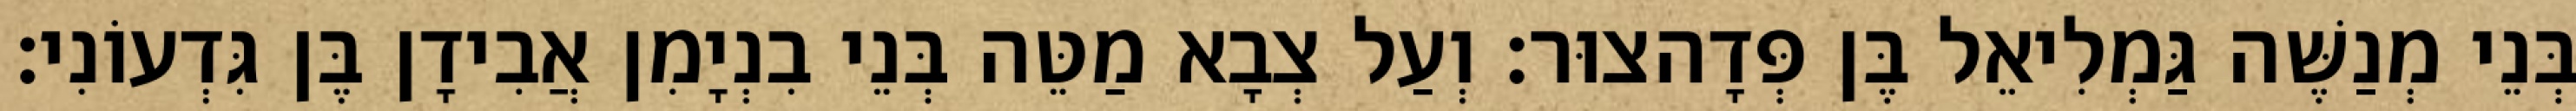
בְּנֵי מְנַשֶּׁה גַּמְלִיאֵל בֶּן פְּדָהצוּר׃ וְעַל צְבָא מַטֵּה בְּנֵי בִנְיָמִן אֲבִידָן בֶּן גִּדְעוֹנִי׃